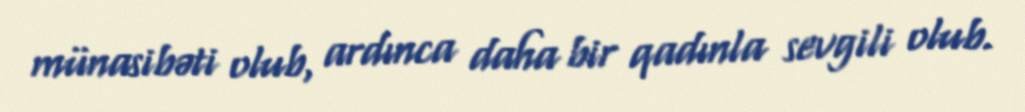
münasibəti olub, ardınca daha bir qadınla sevgili olub.